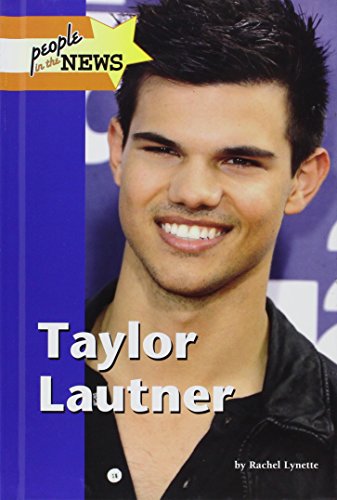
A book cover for Taylor Lautner (People in the News); Rachel Lynette; Teen & Young Adult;